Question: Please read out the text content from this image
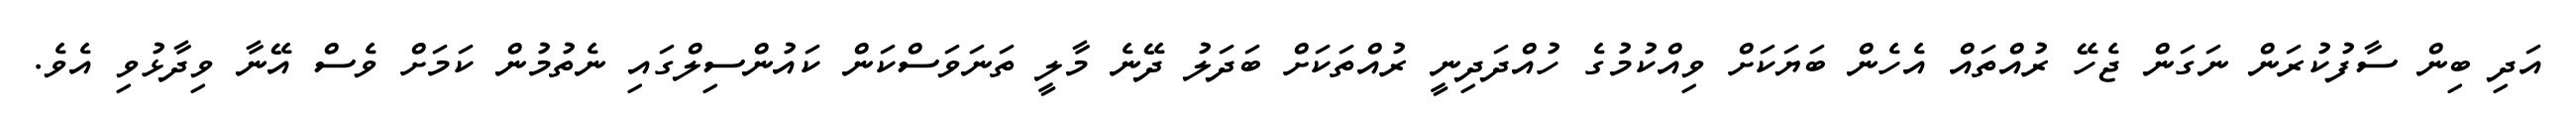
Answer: އަދި ބިން ސާފުކުރަން ނަގަން ޖެހޭ ރުއްތައް އެހެން ބަޔަކަށް ވިއްކުމުގެ ހުއްދަދިނީ ރުއްތަކަށް ބަދަލު ދޭނެ މާލީ ތަނަވަސްކަން ކައުންސިލްގައި ނެތުމުން ކަމަށް ވެސް އޭނާ ވިދާޅުވި އެވެ.